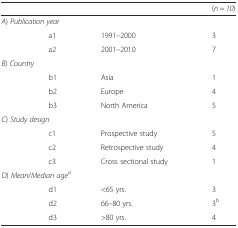
<table><thead><tr><td></td><td></td><td></td><td><b>(<i>n</i> = <i>10</i>)</b></td></tr></thead><tbody><tr><td colspan="3"><i>A</i>) <i>Publication year</i></td><td></td></tr><tr><td></td><td>a1</td><td>1991–2000</td><td>3</td></tr><tr><td></td><td>a2</td><td>2001–2010</td><td>7</td></tr><tr><td colspan="3"><i>B</i>) <i>Country</i></td><td></td></tr><tr><td></td><td>b1</td><td>Asia</td><td>1</td></tr><tr><td></td><td>b2</td><td>Europe</td><td>4</td></tr><tr><td></td><td>b3</td><td>North America</td><td>5</td></tr><tr><td colspan="3"><i>C</i>) <i>Study design</i></td><td></td></tr><tr><td></td><td>c1</td><td>Prospective study</td><td>5</td></tr><tr><td></td><td>c2</td><td>Retrospective study</td><td>4</td></tr><tr><td></td><td>c3</td><td>Cross sectional study</td><td>1</td></tr><tr><td colspan="3"><i>D</i>) <i>Mean</i>/<i>Median age</i><sup><i>a</i></sup></td><td></td></tr><tr><td></td><td>d1</td><td>&lt;65 yrs.</td><td>3</td></tr><tr><td></td><td>d2</td><td>66–80 yrs.</td><td>3<sup>b</sup></td></tr><tr><td></td><td>d3</td><td>&gt;80 yrs.</td><td>4</td></tr></tbody></table>